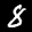
Label: 8